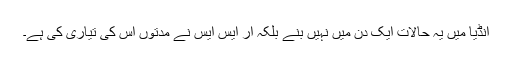
انڈیا میں یہ حالات ایک دن میں نہیں بنے بلکہ آر ایس ایس نے مدتوں اس کی تیاری کی ہے۔